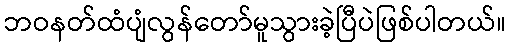
ဘဝနတ်ထံပျံလွန်တော်မူသွားခဲ့ပြီပဲဖြစ်ပါတယ်။